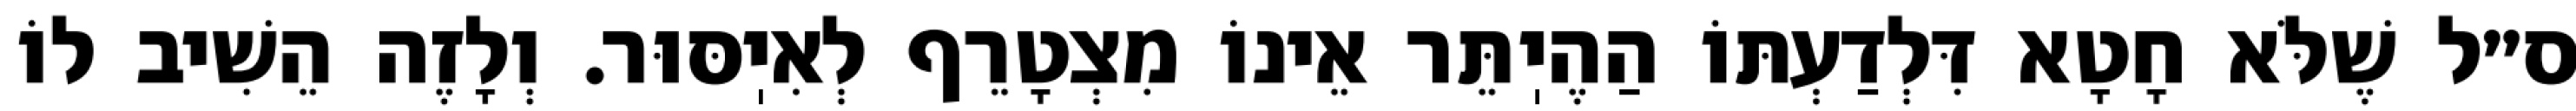
ס״ל שֶׁלֹּא חָטָא דִּלְדַעְתּוֹ הַהֶיֽתֵּר אֵינוֹ מִצְטָרֵף לְאִיֽסּוּר. וְלָזֶה הֵשִׁיב לוֹ